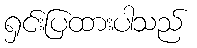
ရှင်းပြထားပါသည်